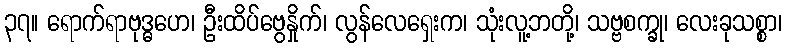
၃၇။ ရောက်ရာဗုဒ္ဓဟေ၊ ဦးထိပ်ဗွေနှိုက်၊ လွန်လေရှေးက၊ သုံးလူ့ဘတို့၊ သဗ္ဗစက္ခု၊ လေးခုသစ္စာ၊